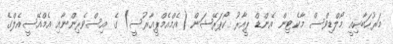
މަރުހަބާކިއީ މޯލްޑިވްސް މާކެޓިން އެންޑް ޕީއާރު ކޯޕަރޭޝަން (އެމްއެމްޕީއާރުސީ) ގެ އިސްވެރިންނާއި އެމްއޭސީއެލްގެ